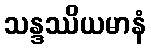
သန္ဒဿိယမာနံ